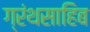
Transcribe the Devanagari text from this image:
ग्रंथसाहिब